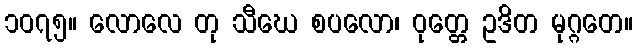
၁၀၇၅။ လောလေ တု သီဃေ စပလော၊ ဝုတ္တေ ဥဒိတ မုဂ္ဂတေ။